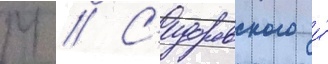
М // С'идоровского и́